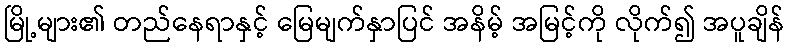
မြို့များ၏ တည်နေရာနှင့် မြေမျက်နှာပြင် အနိမ့် အမြင့်ကို လိုက်၍ အပူချိန်